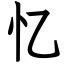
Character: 忆